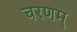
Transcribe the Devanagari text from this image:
चरणम्‌